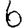
Digit: 6